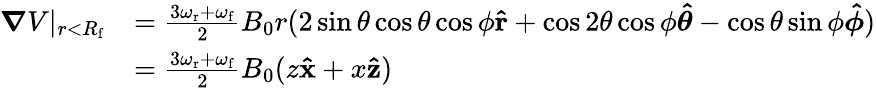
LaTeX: \begin{array}{rl}{\boldsymbol{\nabla}V\vert_{r<R_{\mathrm{f}}}}&{=\frac{3\omega_{\mathrm{r}}+\omega_{\mathrm{f}}}{2}B_{0}r(2\sin\theta\cos\theta\cos\phi\mathbf{\hat{r}}+\cos 2\theta\cos\phi\boldsymbol{\hat{\theta}}-\cos\theta\sin\phi\boldsymbol{\hat{\phi}})}\\ &{=\frac{3\omega_{\mathrm{r}}+\omega_{\mathrm{f}}}{2}B_{0}(z\mathbf{\hat{x}}+x\mathbf{\hat{z}})}\end{array}